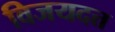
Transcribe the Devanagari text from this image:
विजयदत्त